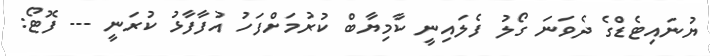
ޔުނައިޓެޑްގެ ދެވަނަ ގޯލު ފެލައިނީ ކާމިޔާބް ކުރުމަށްފަހު އުފާފާޅު ކުރަނީ --- ފޮޓޯ: